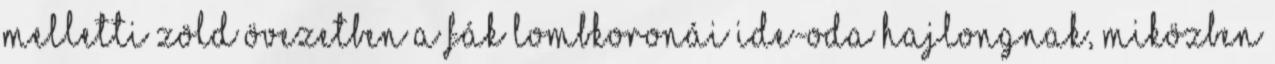
melletti zöld övezetben a fák lombkoronái ide-oda hajlongnak, miközben